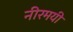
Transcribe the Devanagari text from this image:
नीरमयी